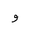
Letter: _waw